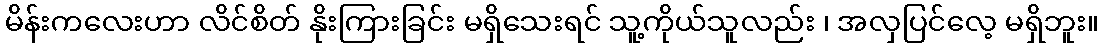
မိန်းကလေးဟာ လိင်စိတ် နိုးကြားခြင်း မရှိသေးရင် သူ့ကိုယ်သူလည်း ၊ အလှပြင်လေ့ မရှိဘူး။